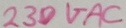
Text: 230VAC